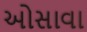
ઓસાવા